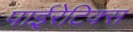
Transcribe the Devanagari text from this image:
पाईरेटिक्स